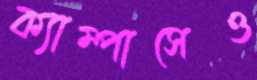
ক্যাম্পাসেও